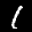
Label: 1